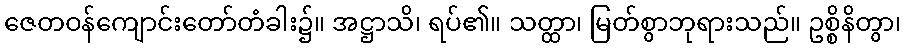
ဇေတဝန်ကျောင်းတော်တံခါး၌။ အဋ္ဌာသိ၊ ရပ်၏။ သတ္ထာ၊ မြတ်စွာဘုရားသည်။ ဥစ္စိနိတွာ၊